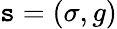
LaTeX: \mathtt{s}=(\sigma,g)